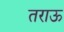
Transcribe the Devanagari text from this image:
तराऊ